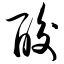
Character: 酸